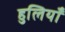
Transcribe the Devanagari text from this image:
हुलियाँ